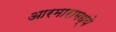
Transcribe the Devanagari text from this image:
आरमारामध्ये